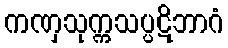
ကဏှသုက္ကသပ္ပဋိဘာဂံ